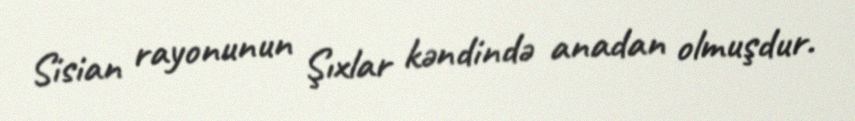
Sisian rayonunun Şıxlar kəndində anadan olmuşdur.